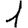
Digit: 1